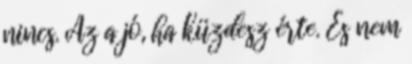
nincs. Az a jó, ha küzdesz érte. És nem